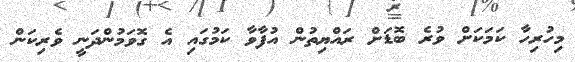
މިހުރިހާ ކަމަކަށް ވުރެ ބޮޑަށް ރައްޔިތުން އުފާވާ ކަމުގައި އެ ގޮވަމުންދަނީ ވެރިކަން